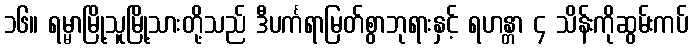
၁၆။ ရမ္မာမြို့သူမြို့သားတို့သည် ဒီပင်္ကရာမြတ်စွာဘုရားနှင့် ရဟန္တာ ၄ သိန်းကိုဆွမ်းကပ်